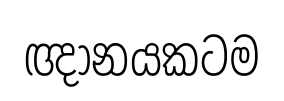
ඥානයකටම